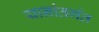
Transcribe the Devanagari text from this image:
यानांतर्गत